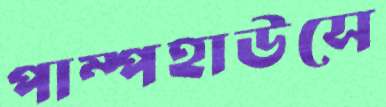
পাম্পহাউসে